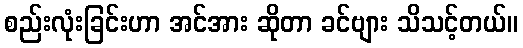
စည်းလုံးခြင်းဟာ အင်အား ဆိုတာ ခင်ဗျား သိသင့်တယ်။